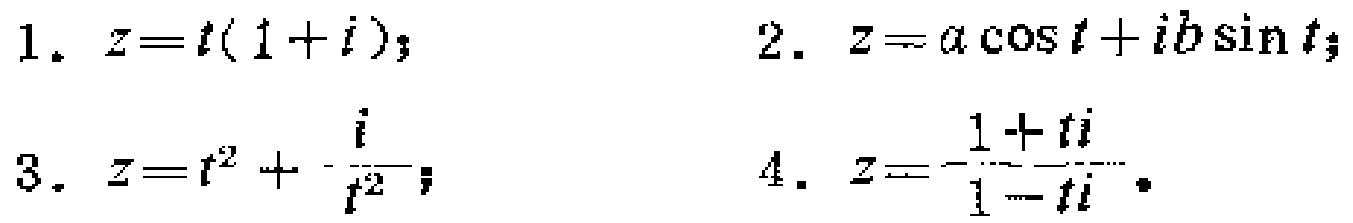
1. \(z = t(1 + i)\);
2. \(z = a\cos t+ib\sin t\);
3. \(z = t^{2}+\frac{i}{t^{2}}\);
4. \(z=\frac{1 + ti}{1 - ti}\)